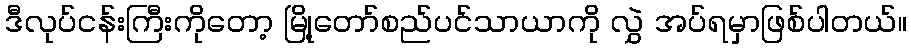
ဒီလုပ်ငန်းကြီးကိုတော့ မြို့တော်စည်ပင်သာယာကို လွှဲ အပ်ရမှာဖြစ်ပါတယ်။